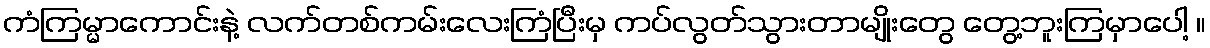
ကံကြမ္မာကောင်းနဲ့ လက်တစ်ကမ်းလေးကြံပြီးမှ ကပ်လွတ်သွားတာမျိုးတွေ တွေ့ဘူးကြမှာပေါ့ ။